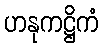
ဟနုကဋ္ဌိကံ